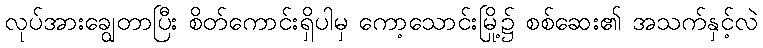
လုပ်အားချွေတာပြီး စိတ်ကောင်းရှိပါမှ ကော့သောင်းမြို့၌ စစ်ဆေး၏ အသက်နှင့်လဲ